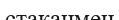
стаканмен